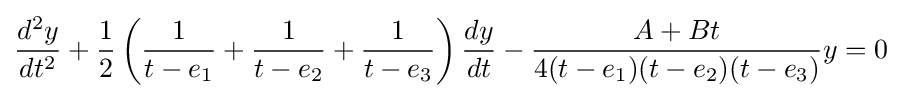
{\frac {d^{2}y}{dt^{2}}}+{\frac {1}{2}}\left({\frac {1}{t-e_{1}}}+{\frac {1}{t-e_{2}}}+{\frac {1}{t-e_{3}}}\right){\frac {dy}{dt}}-{\frac {A+Bt}{4(t-e_{1})(t-e_{2})(t-e_{3})}}y=0